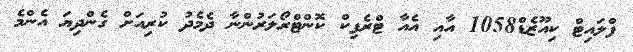
ފްލައިޓް ކިއޫޒެޑް1058 އާއި އެއާ ޓްރެފިކް ކޮންޓްރޯލަރުންނާ ދެމެދު ކުރިއަށް ގެންދިޔަ އެންމެ